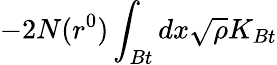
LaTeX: -2N(r^{0})\int_{Bt}dx\sqrt{\rho}K_{Bt}